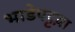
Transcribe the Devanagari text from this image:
भाडेपट्टय़ा